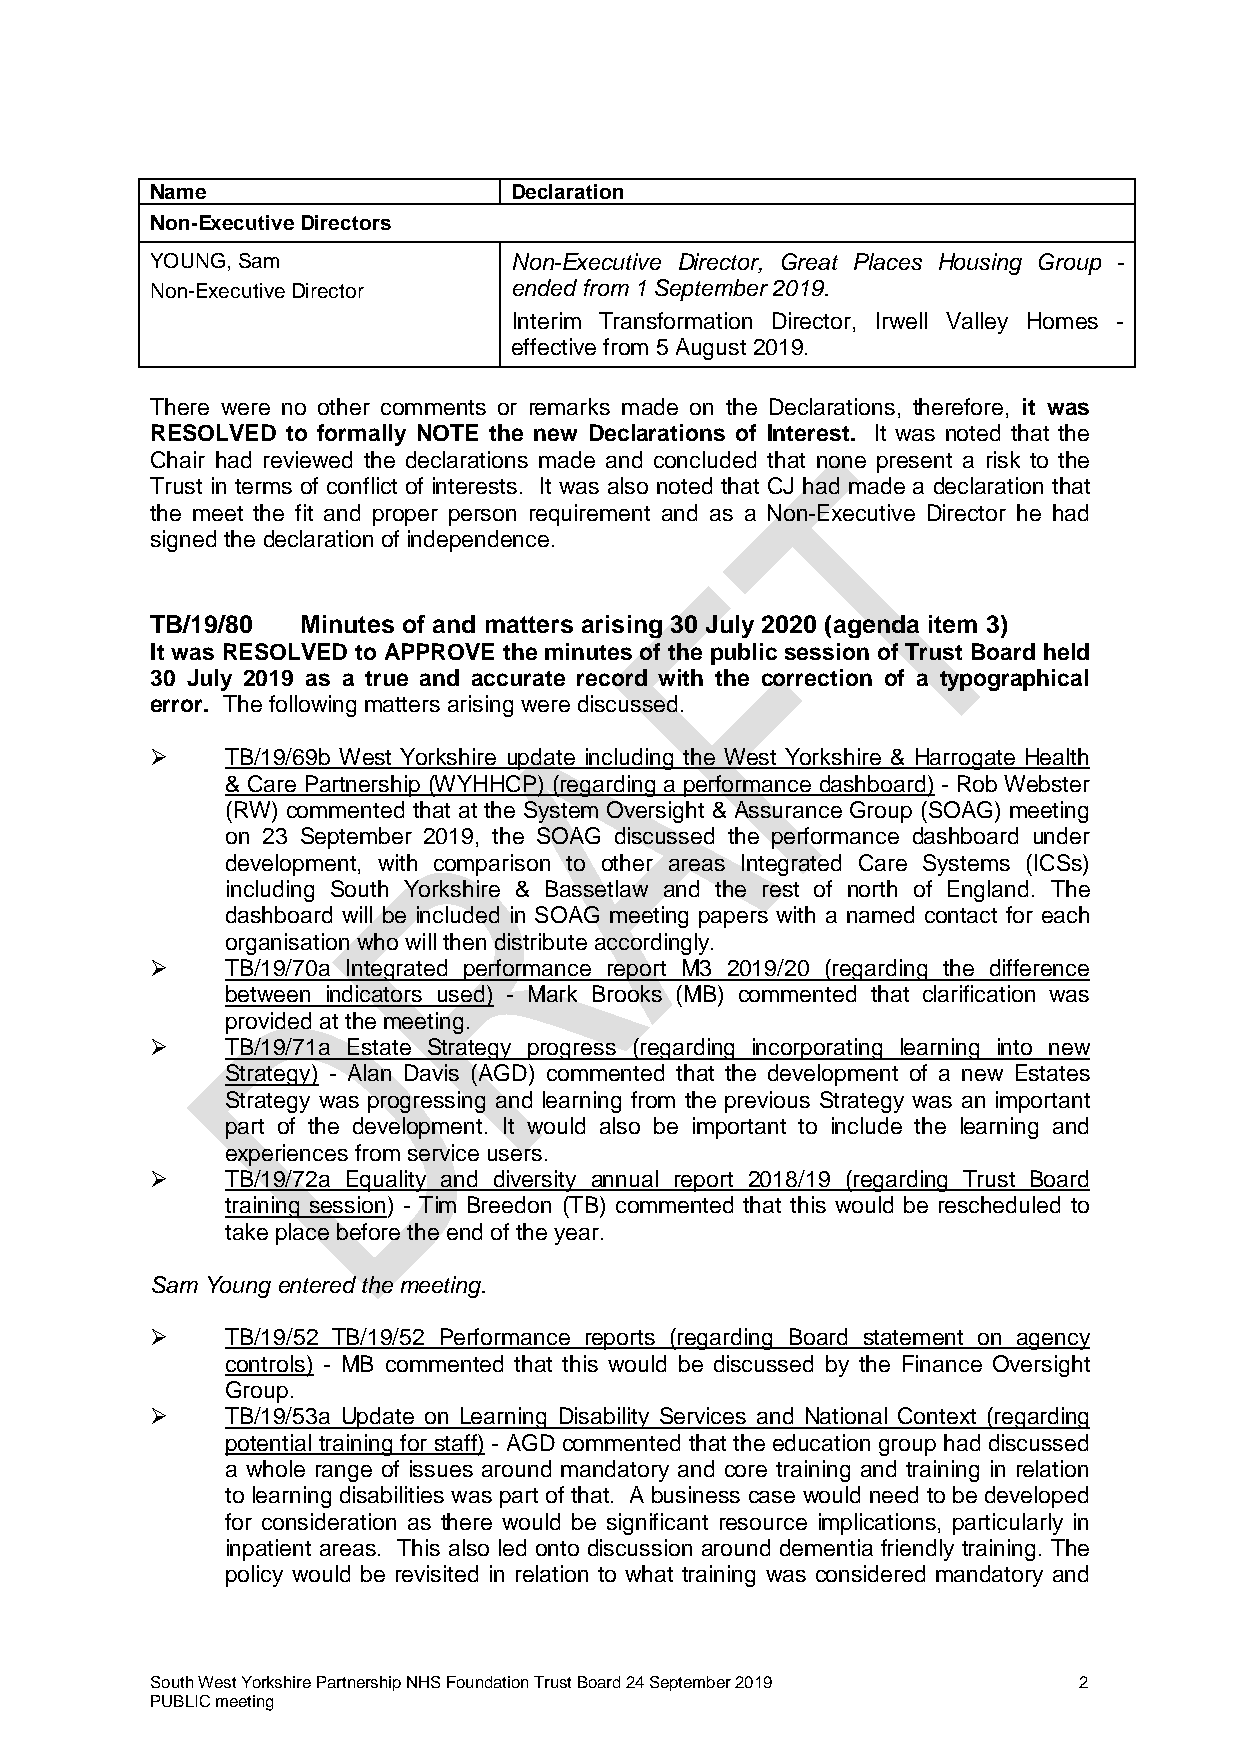
Name                    Declaration
 Non-Executive Directors
 YOUNG, Sam              Non-Executive Director, Great Places Housing Group -
 Non-Executive Director  ended from 1 September 2019.
 Interim Transformation Director, Irwell Valley Homes -
 effective from 5 August 2019.
 There were no other comments or remarks made on the Declarations, therefore, it was
 RESOLVED to formally NOTE the new Declarations of Interest. It was noted that the
 Chair had reviewed the declarations made and concluded that none present a risk to the
 Trust in terms of conflict of interests. It was also noted that CJ had made a declaration that
 the meet the fit and proper person requirement and as a Non-Executive Director he had
 signed the declaration of independence.
 TB/19/80  Minutes of and matters arising 30 July 2020 (agenda item 3)
 It was RESOLVED to APPROVE the minutes of the public session of Trust Board held
 30 July 2019 as a true and accurate record with the correction of a typographical
 error. The following matters arising were discussed.
     TB/19/69b West Yorkshire update including the West Yorkshire & Harrogate Health
 & Care Partnership (WYHHCP) (regarding a performance dashboard) - Rob Webster
 (RW) commented that at the System Oversight & Assurance Group (SOAG) meeting
 on 23 September 2019, the SOAG discussed the performance dashboard under
 development, with comparison to other areas Integrated Care Systems (ICSs)
 including South Yorkshire & Bassetlaw and the rest of north of England. The
 dashboard will be included in SOAG meeting papers with a named contact for each
 organisation who will then distribute accordingly.
     TB/19/70a Integrated performance report M3 2019/20 (regarding the difference
 between indicators used) - Mark Brooks (MB) commented that clarification was
 provided at the meeting.
     TB/19/71a Estate Strategy progress (regarding incorporating learning into new
 Strategy) - Alan Davis (AGD) commented that the development of a new Estates
 Strategy was progressing and learning from the previous Strategy was an important
 part of the development. It would also be important to include the learning and
 experiences from service users.
     TB/19/72a Equality and diversity annual report 2018/19 (regarding Trust Board
 training session) - Tim Breedon (TB) commented that this would be rescheduled to
 take place before the end of the year.
 Sam Young entered the meeting.
     TB/19/52 TB/19/52 Performance reports (regarding Board statement on agency
 controls) - MB commented that this would be discussed by the Finance Oversight
 Group.
     TB/19/53a Update on Learning Disability Services and National Context (regarding
 potential training for staff) - AGD commented that the education group had discussed
 a whole range of issues around mandatory and core training and training in relation
 to learning disabilities was part of that. A business case would need to be developed
 for consideration as there would be significant resource implications, particularly in
 inpatient areas. This also led onto discussion around dementia friendly training. The
 policy would be revisited in relation to what training was considered mandatory and
 South West Yorkshire Partnership NHS Foundation Trust Board 24 September 2019 2
 PUBLIC meeting